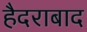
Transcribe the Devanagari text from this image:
हैदराबाद